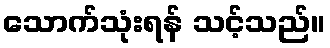
သောက်သုံးရန် သင့်သည်။